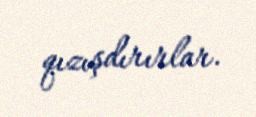
qızışdırırlar.